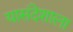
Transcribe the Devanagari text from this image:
यासंदेशाला